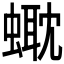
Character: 𧏰